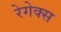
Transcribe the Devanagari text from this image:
रेगेक्स